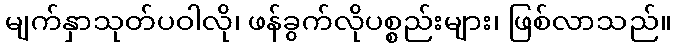
မျက်နှာသုတ်ပဝါလို၊ ဖန်ခွက်လိုပစ္စည်းများ၊ ဖြစ်လာသည်။